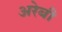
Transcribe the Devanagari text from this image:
अरेबी